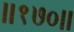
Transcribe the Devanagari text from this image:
॥१७०॥